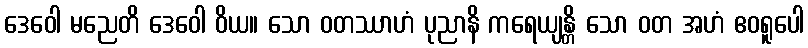
ဒေဝေါ မညေတိ ဒေဝေါ ဝိယ။ သော ဝတဿာဟံ ပုညာနိ ကရေယျန္တိ သော ဝတ အဟံ ဧဝရူပေါ